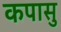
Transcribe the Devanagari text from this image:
कपासु